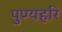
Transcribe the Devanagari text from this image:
पुण्यहरि